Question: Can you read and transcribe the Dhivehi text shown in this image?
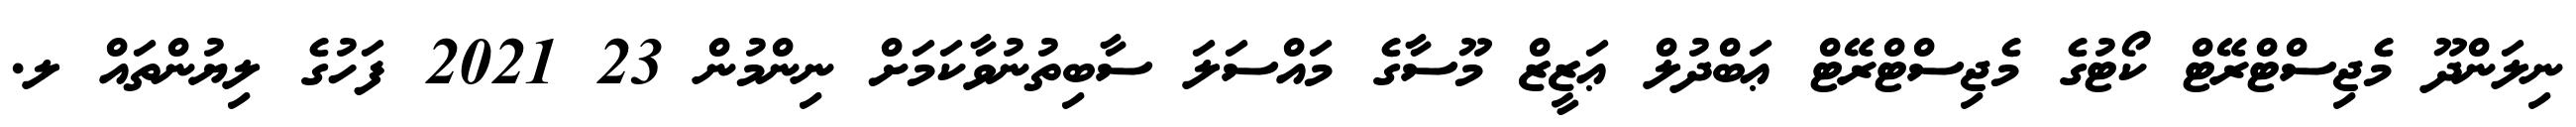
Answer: ނިލަންދޫ މެޖިސްޓްރޭޓް ކޯޓުގެ މެޖިސްޓްރޭޓް ޢަބްދުލް ޢަޒީޒް މޫސާގެ މައްސަލަ ސާބިތުނުވާކަމަށް ނިންމުން 23 2021 ފަހުގެ ލިޔުންތައް ލ.